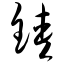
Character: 铗